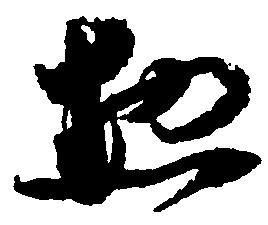
惣